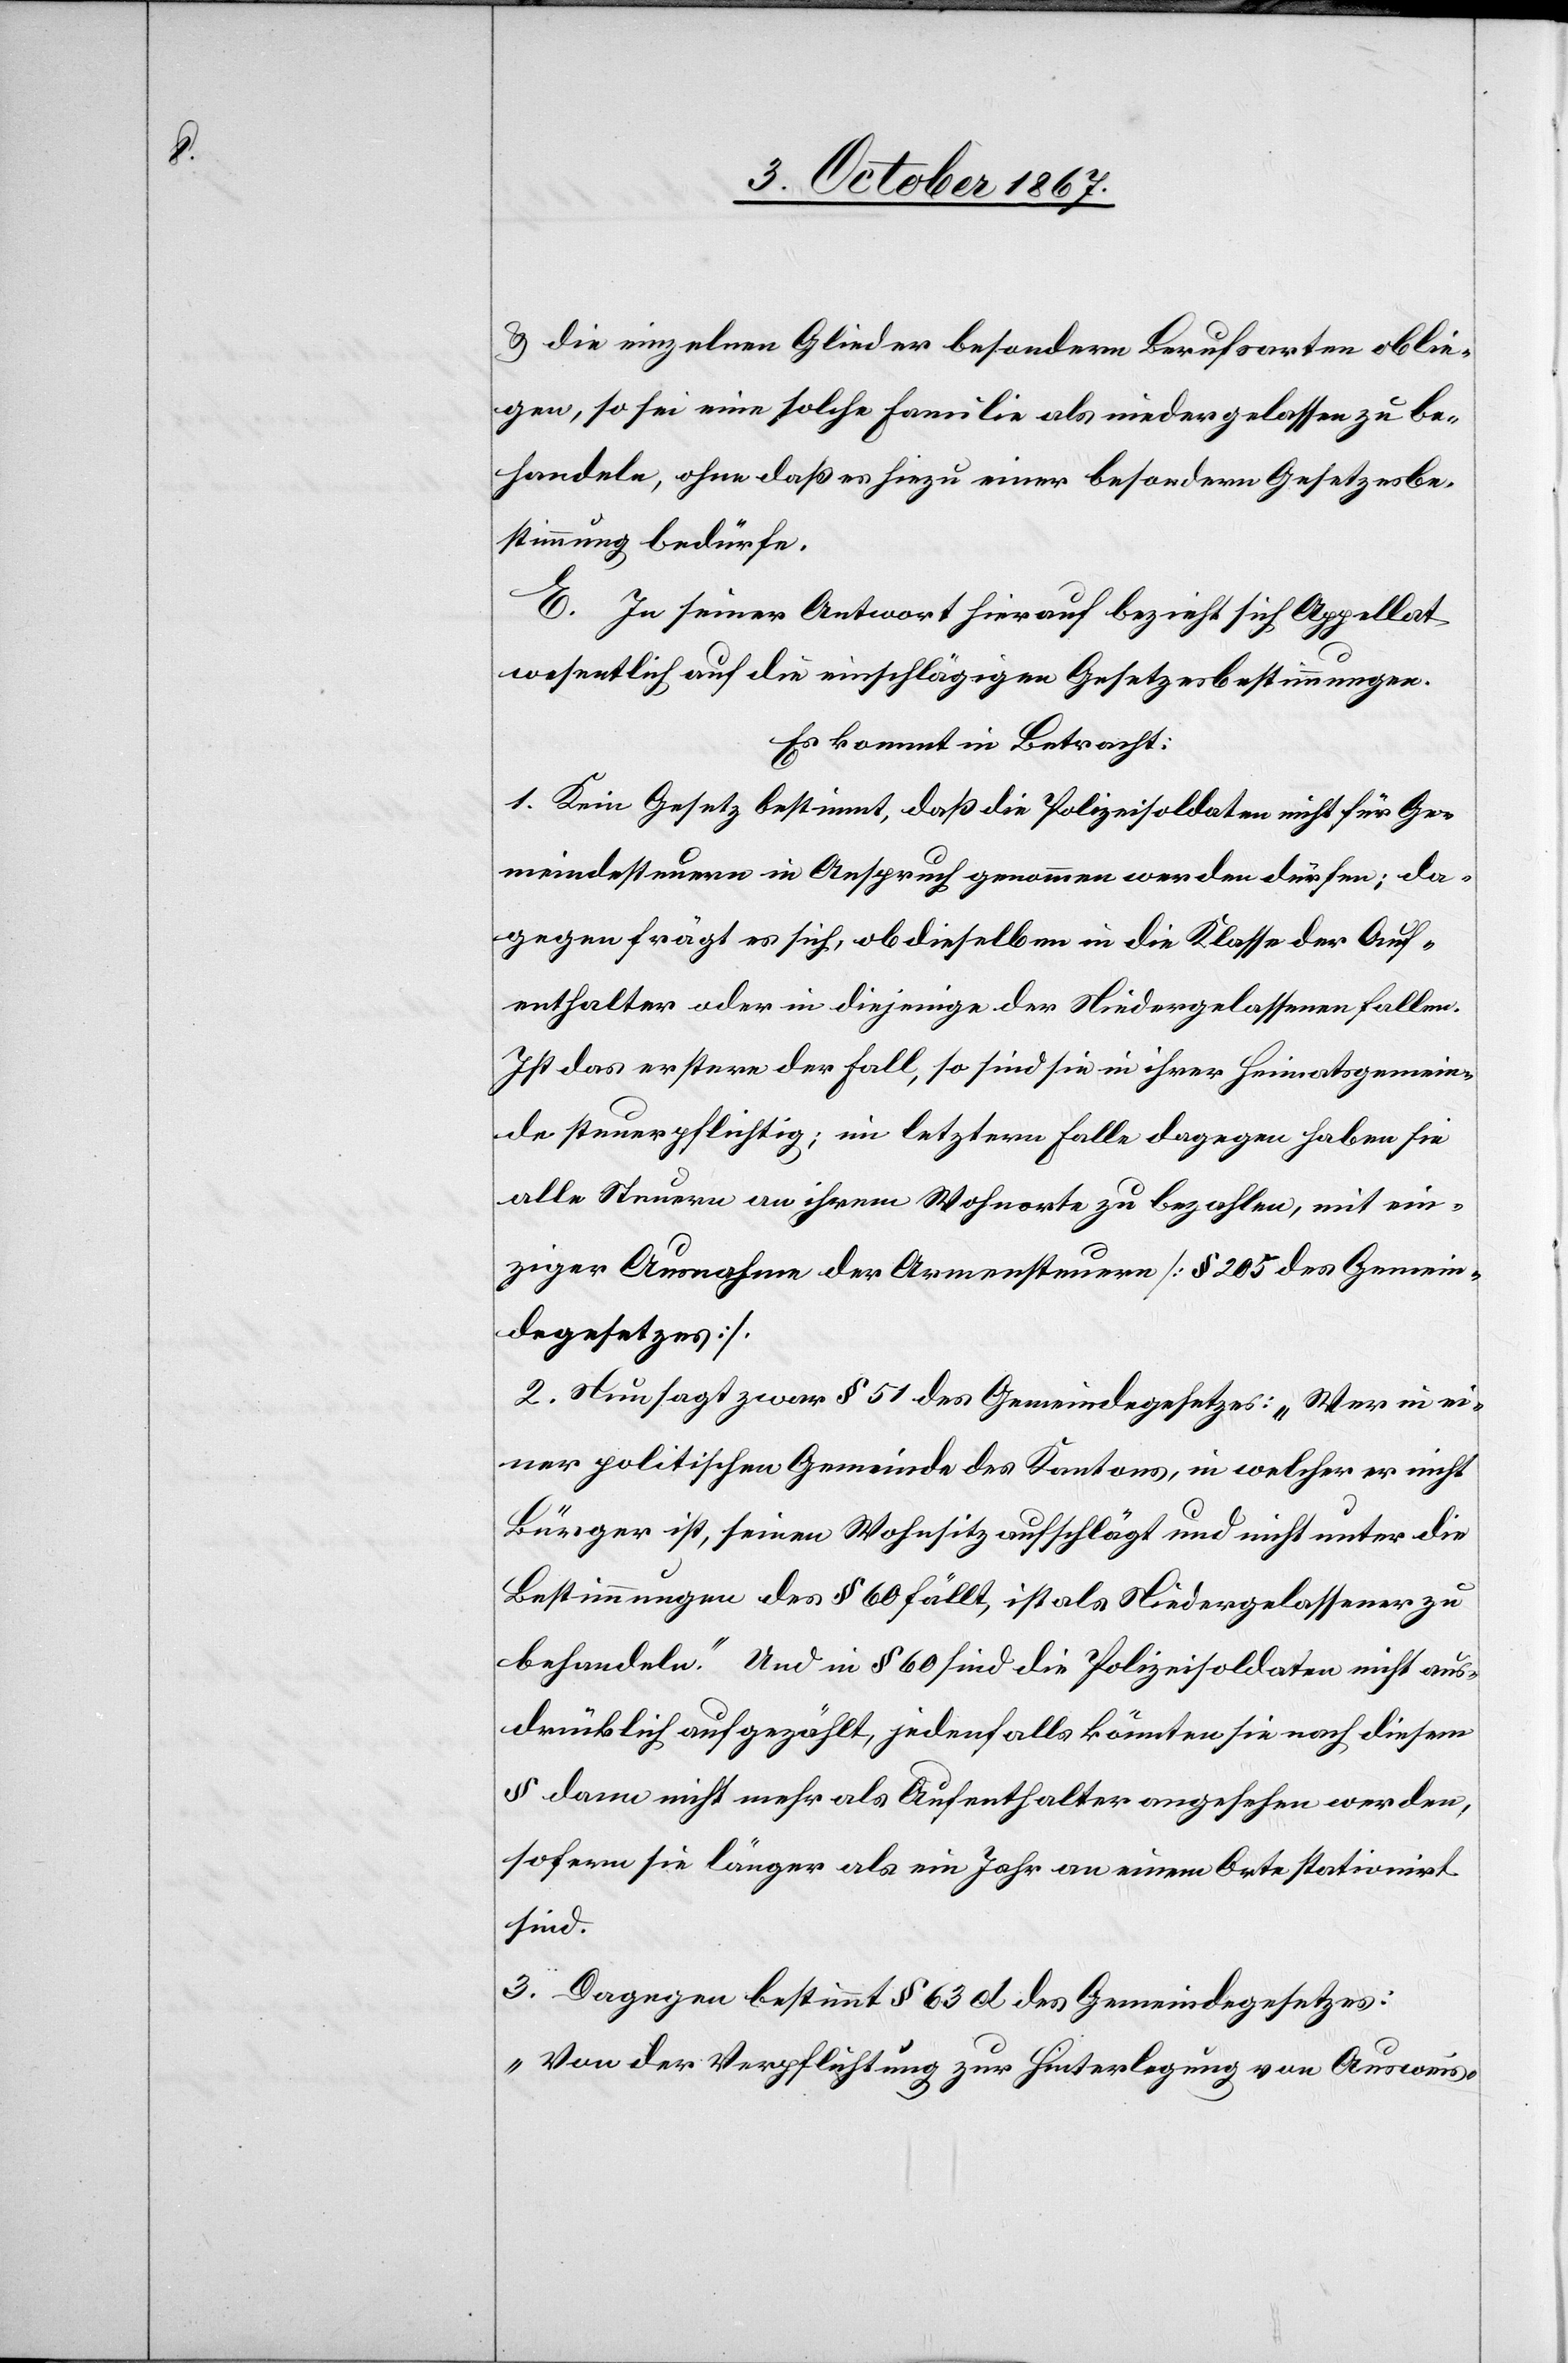
u. die einzelnen Glieder besondern Berufsarten oblie¬
gen, so sei eine solche Familie als niedergelassen zu be¬
handeln, ohne daß es hiezu einer besondern Gesetzesbe¬
stimmung bedürfe.
E. In seiner Antwort hierauf bezieht sich Appellat
wesentlich auf die einschlägigen Gesetzesbestimmungen.
Es kommt in Betracht:
1. Kein Gesetz bestimmt, daß die Polizeisoldaten nicht für Ge¬
meindesteuern in Anspruch genommen werden dürfen; da¬
gegen frägt es sich, ob dieselben in die Klasse der Auf¬
enthalter oder in diejenige der Niedergelassenen fallen.
Ist das erstere der Fall, so sind sie in ihrer Heimatsgemein¬
de steuerpflichtig; im letztern Falle dagegen haben sie
alle Steuern an ihrem Wohnorte zu bezahlen, mit ein¬
ziger Ausnahme der Armensteuern [§ 205 des Gemein¬
degesetzes].
2. Nun sagt zwar § 51 des Gemeindegesetzes: „Wer in ei¬
ner politischen Gemeinde des Kantons, in welcher er nicht
Bürger ist, seinen Wohnsitz aufschlägt und nicht unter die
Bestimmungen des § 60 fällt, ist als Niedergelassener zu
behandeln.“ Und in § 60 sind die Polizeisoldaten nicht aus¬
drücklich aufgezählt, jedenfalls könnten sie nach diesem
§ dann nicht mehr als Aufenthalter angesehen werden,
sofern sie länger als ein Jahr an einem Orte stationirt
sind.
3. Dagegen bestimmt § 63 d des Gemeindegesetzes:
„Von der Verpflichtung zur Hinterlegung von Ausweis-